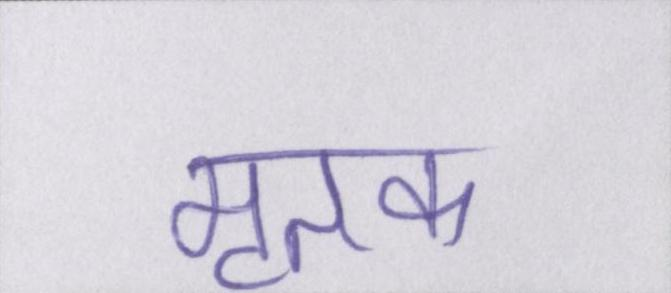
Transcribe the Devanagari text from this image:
मृतक